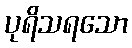
ပုရိသရသော